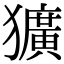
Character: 獷